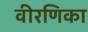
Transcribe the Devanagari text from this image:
वीरणिका